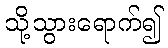
သို့သွားရောက်၍